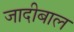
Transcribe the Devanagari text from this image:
जादीबाल